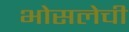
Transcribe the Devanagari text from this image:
भोसलेची